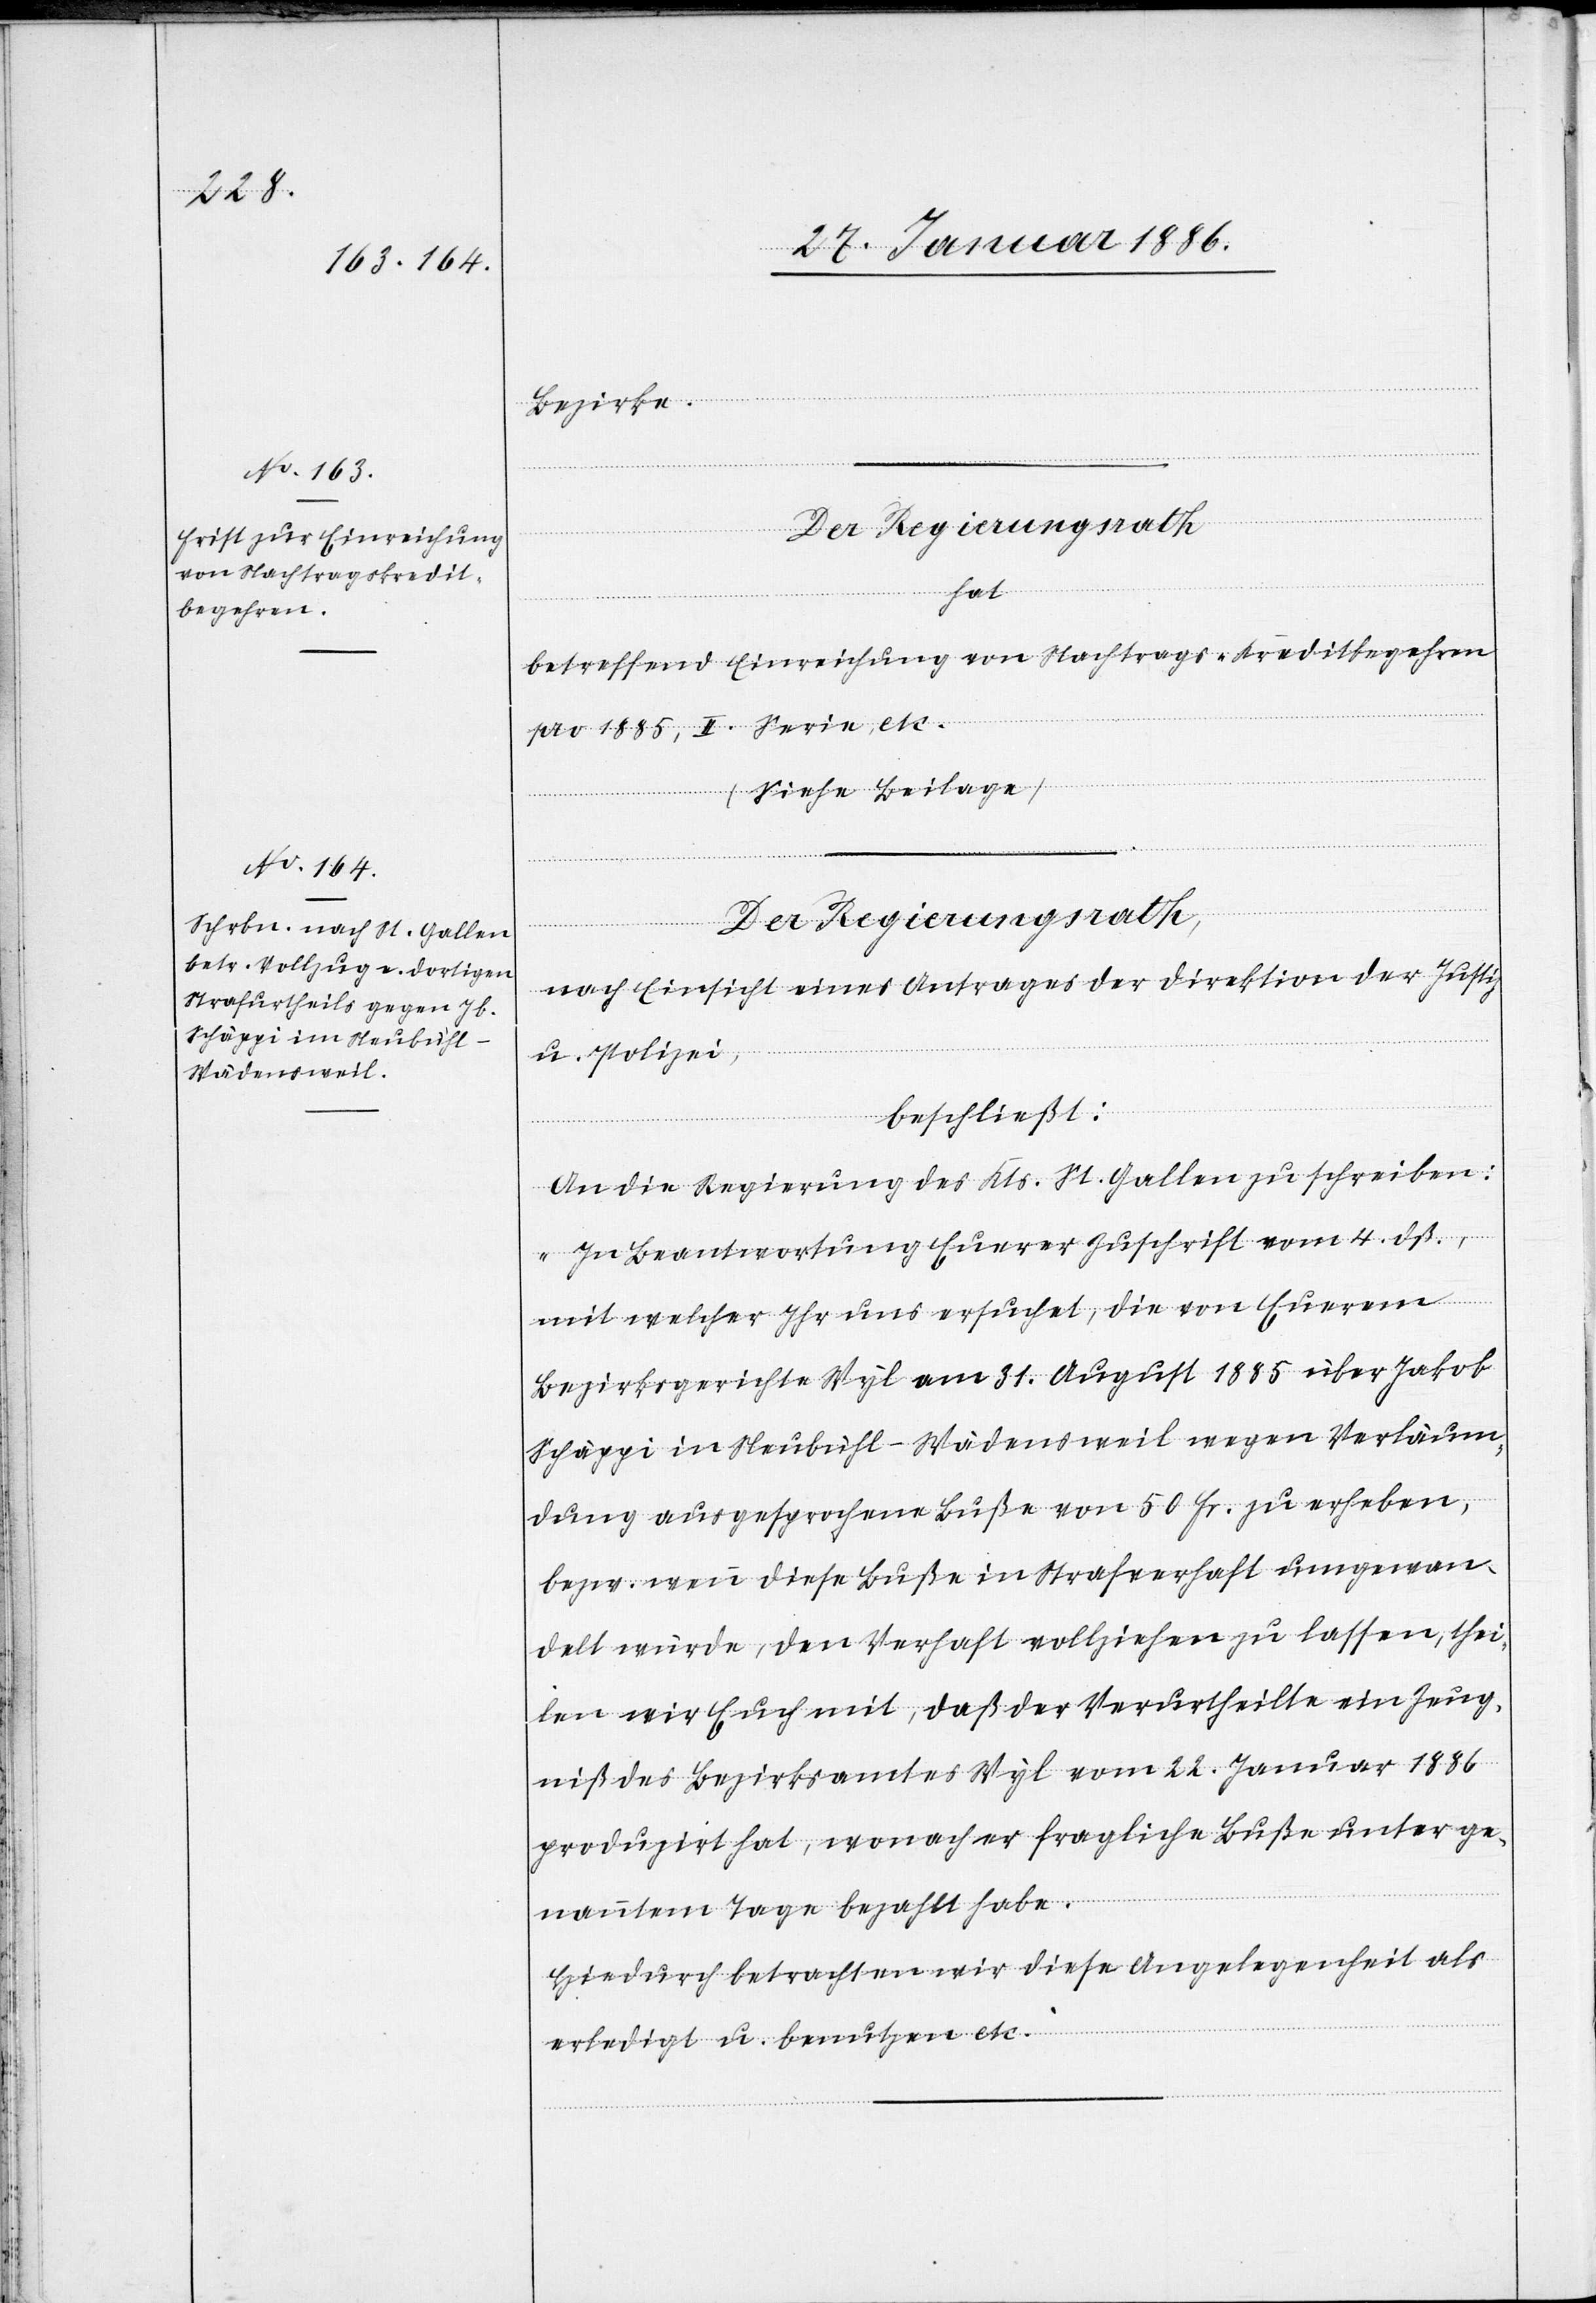
Bezirke.
Der Regierungsrath,
nach Einsicht eines Antrages der Direktion der Justiz
u. Polizei,
beschließt:
An die Regierung de Kts. St. Gallen zu schreiben:
„In Beantwortung Euerer Zuschrift vom 4. dß,
mit welcher Ihr uns ersuchet, die von Euerem
Bezirksgerichte Wyl am 31. August 1885 über Jakob
Schäggi in Neubühl - Wädensweil wegen Verläum¬
dung ausgesprochene Buße von 50 Fr. zu erheben,
bzw. wenn diese Buße in Strafverhaft umgewan¬
delt würde, den Verhaft vollziehen zu lassen, thei¬
len wir Euch mit, daß der Verurtheilte ein Zeug¬
niß des Bezirksamtes Wyl vom 22. Januar 1886
produziert hat, wonach er fragliche Buße unter ge¬
nanntem Tage bezahlt habe.
Hiedurch betrachten wir diese Angelegenheit als
erledigt u. benutzen etc.“